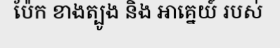
ប៉ែក ខាងត្បូង និង អាគ្នេយ៍ របស់